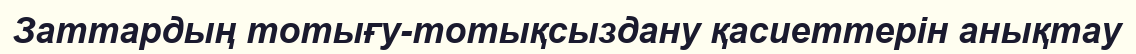
Заттардың тотығу-тотықсыздану қасиеттерін анықтау